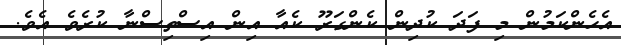
އެހެންކަމުން މި ފަދަ ކުދިން ކެންގަރޫ ކެއާ އިން އިސްތިސްނާ ކުރެވެ އެވެ.